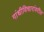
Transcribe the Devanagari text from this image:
गांधीविचारांवरील